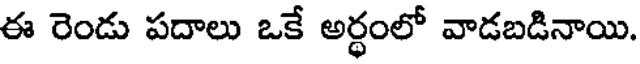
ఈ రెండు పదాలు ఒకే అర్థంలో వాడబడినాయి.